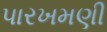
પારખમણી